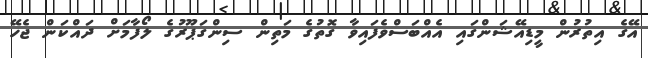
އޭގެ އިތުރުން މީޑިއޭޝަންގައި އެއްބަސްވެފައިވާ ގޮތުގެ މަތިން ސިންގަޕޫރުގެ ލޯފާމަށް ދައްކަން ޖެހޭ